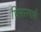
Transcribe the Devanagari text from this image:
घिसारपारी